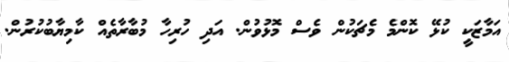
އަމާޒަކީ ކުޅޭ ކޮންމެ މެޗަކުން ވެސް މޮޅުވުން. އަދި ހުރިހާ މުބާރާތެއް ކާމިޔާބުކުރުން.